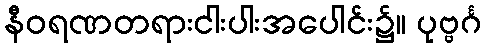
နီဝရဏတရားငါးပါးအပေါင်း၌။ ပုဗ္ဗင်္ဂ